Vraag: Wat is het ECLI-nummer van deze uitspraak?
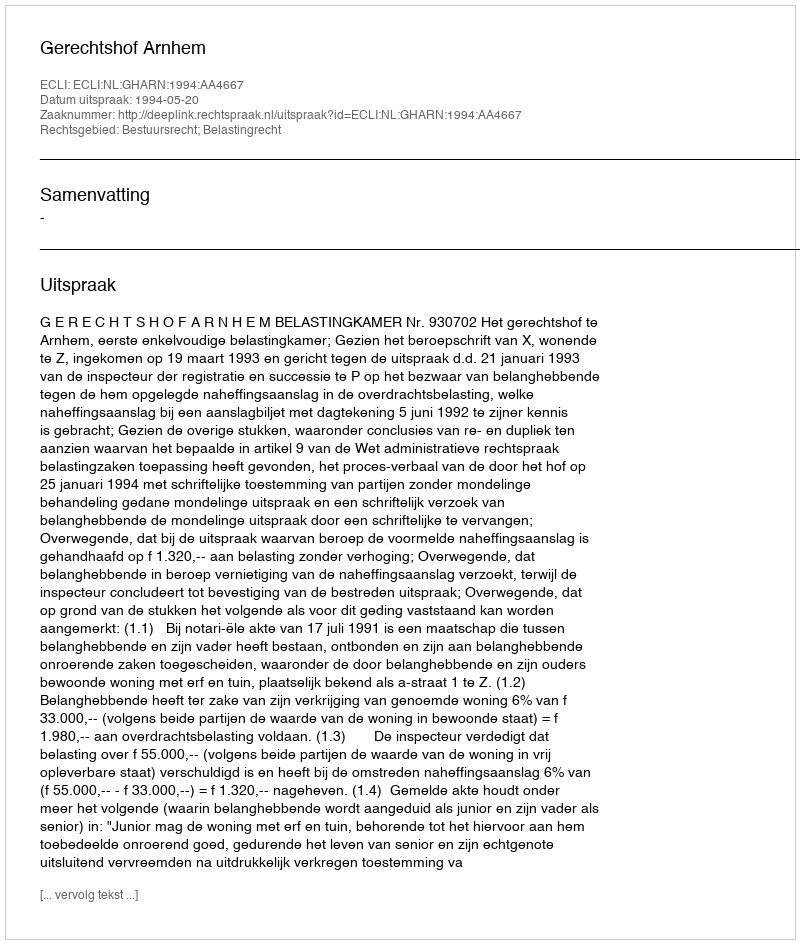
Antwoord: ECLI:NL:GHARN:1994:AA4667